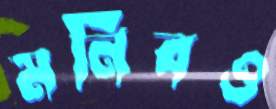
মনিবও